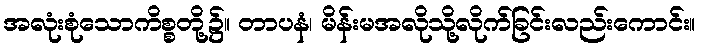
အလုံးစုံသောကိစ္စတို့၌။ တာပနံ၊ မိန်းမအလိုသို့လိုက်ခြင်းလည်းကောင်း။